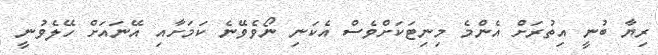
ރިޔާ ބުނީ އިތުރަށް އެންމެ މިނިޓަކަށްވެސް އެކަނި ނޯވެވޭނެ ކަމަށާއި އޭނައަށް ހޭލެވުނީ